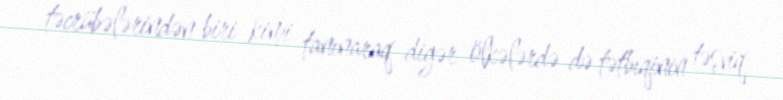
təcrübələrindən biri kimi tanınaraq digər ölkələrdə də tətbiqinin təşviq